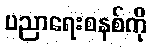
ပညာရေးစနစ်ကို